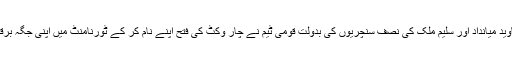
پھر سری لنکا کے خلاف اگلے میچ میں جاوید میانداد اور سلیم ملک کی نصف سنچریوں کی بدولت قومی ٹیم نے چار وکٹ کی فتح اپنے نام کر کے ٹورنامنٹ میں اپنی جگہ برقرار رکھی لیکن اصل امتحان ابھی باقی تھا۔